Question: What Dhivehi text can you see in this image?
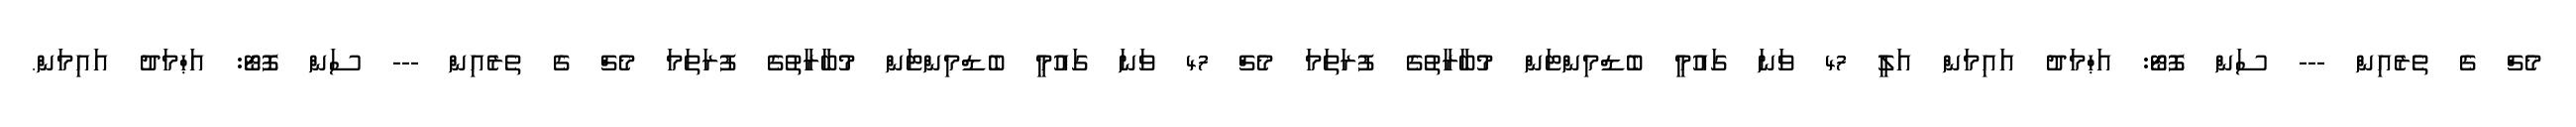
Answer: މެޗް ގެ ތެރެއިން --- ސަން ފޮޓޯ: އަޙްމަދު އައިމަން އަލީ 47 ވަނަ ގައުމީ ބެޑްމިންޓަން މުބާރާތުގެ ފުރަތަމަ މެޗް 47 ވަނަ ގައުމީ ބެޑްމިންޓަން މުބާރާތުގެ ފުރަތަމަ މެޗް ގެ ތެރެއިން --- ސަން ފޮޓޯ: އަޙްމަދު އައިމަން.